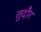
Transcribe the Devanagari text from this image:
तुदौर